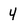
Character: 4